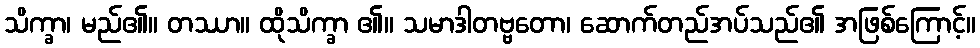
သိက္ခာ၊ မည်၏။ တဿာ။ ထိုသိက္ခာ ၏။ သမာဒါတဗ္ဗတော၊ ဆောက်တည်အပ်သည်၏ အဖြစ်ကြောင့်။